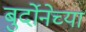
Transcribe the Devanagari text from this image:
बुर्दोनेच्या